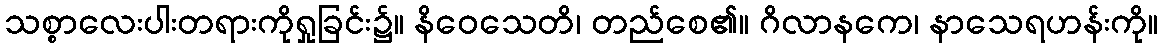
သစ္စာလေးပါးတရားကိုရှုခြင်း၌။ နိဝေသေတိ၊ တည်စေ၏။ ဂိလာနကေ၊ နာသေရဟန်းကို။